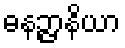
ဓနဉ္ဇာနိယာ